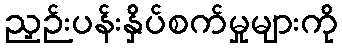
ညှဉ်းပန်းနှိပ်စက်မှုများကို